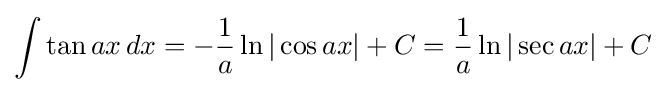
\int \tan ax\,dx=-{\frac {1}{a}}\ln |\cos ax|+C={\frac {1}{a}}\ln |\sec ax|+C